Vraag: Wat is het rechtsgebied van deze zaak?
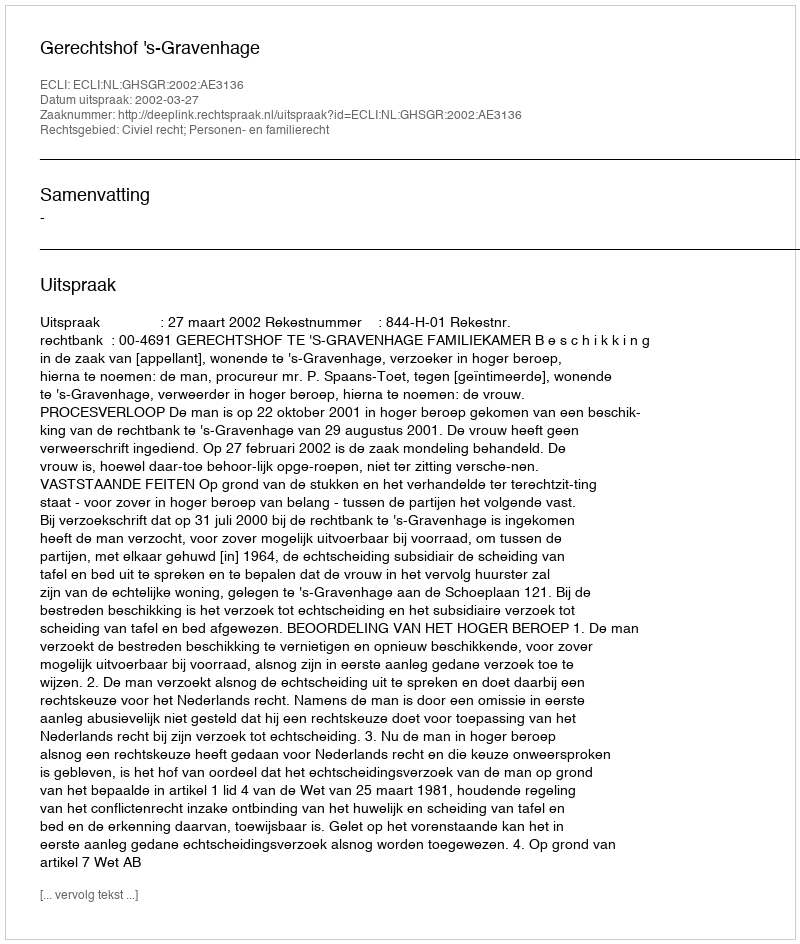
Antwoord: Civiel recht; Personen- en familierecht